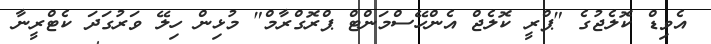
އެވިޑް ކޮލެޖުގެ "ޕްރީ ކޮލެޖް އެންހޭސްމަންޓް ޕްރޮގްރާމް" މުޅިން ހިލޭ ވަރުގަދަ ކެޓްރީނާ